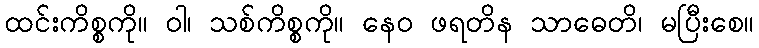
ထင်းကိစ္စကို။ ဝါ၊ သစ်ကိစ္စကို။ နေဝ ဖရတိန သာဓေတိ၊ မပြီးစေ။